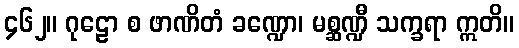
၄၆၂။ ဂုဠော စ ဖာဏိတံ ခဏ္ဍော၊ မစ္ဆဏ္ဍီ သက္ခရာ ဣတိ။